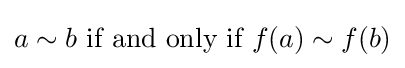
a{}\sim {}b{\text{ if and only if }}f(a){}\sim {}f(b)